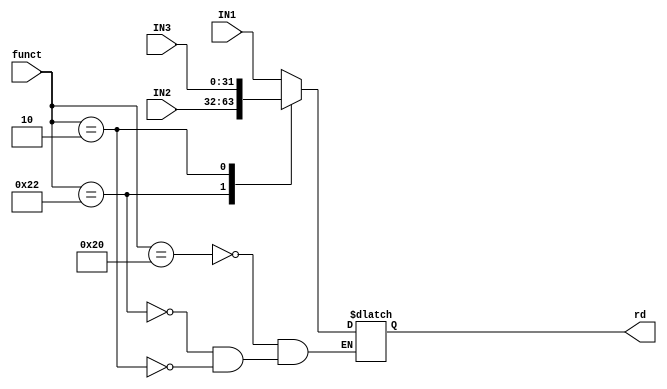
module mux
(
  input [31:0] IN1,IN2,IN3,
  input [5:0] funct,
  output [31:0] rd
);
  reg [31:0] TEMP;
  always@(*) begin
  
    case(funct)
	 
      6'b100000: begin
        TEMP = IN1;
        end
        
      6'b100010: begin
        TEMP = IN2;
        end
        
      6'b000010: begin
        TEMP = IN3;
        end
      default: begin
		
        end
    endcase
	 
  end
  assign rd = TEMP;
endmodule